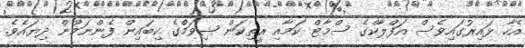
އެހާ ޅައިރުގައިވެސް އަފްލާކްގެ ސްމާޓް ކަމާއި ރީތިކަން ޝިވަމްެގެ ކިބައިން ފެންނަމުން ދިޔައެވެ.